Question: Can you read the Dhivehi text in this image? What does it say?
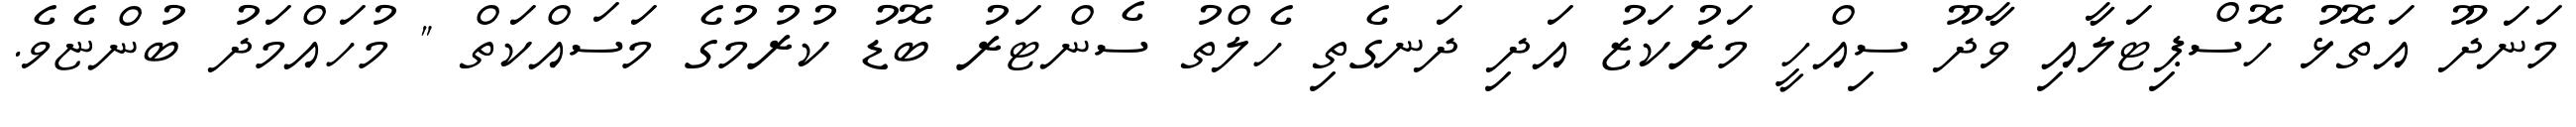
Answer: މަނަދޫ އަތޮޅު ހޮސްޕިޓަލާއި ވާދޫ ސިއްހީ މަރުކަޒު އަދި ދަނގެތި ހެލްތު ސެންޓަރު ބޮޑު ކުރުމުގެ މަސައްކަތް " މުހައްމަދު ބުންޏެވެ.